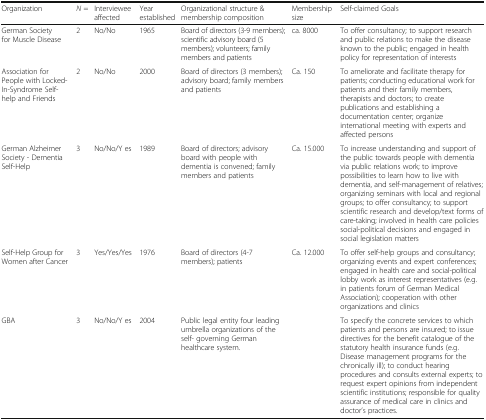
<table><thead><tr><td><b>Organization</b></td><td><b><i>N</i> =</b></td><td><b>Interviewee affected</b></td><td><b>Year established</b></td><td><b>Organizational structure &amp; membership composition</b></td><td><b>Membership size</b></td><td><b>Self-claimed Goals</b></td></tr></thead><tbody><tr><td>German Society for Muscle Disease</td><td>2</td><td>No/No</td><td>1965</td><td>Board of directors (3-9 members); scientific advisory board (5 members); volunteers; family members and patients</td><td>ca. 8000</td><td>To offer consultancy; to support research and public relations to make the disease known to the public; engaged in health policy for representation of interests</td></tr><tr><td>Association for People with Locked- In-Syndrome Self- help and Friends</td><td>2</td><td>No/No</td><td>2000</td><td>Board of directors (3 members); advisory board; family members and patients</td><td>Ca. 150</td><td>To ameliorate and facilitate therapy for patients; conducting educational work for patients and their family members, therapists and doctors; to create publications and establishing a documentation center; organize international meeting with experts and affected persons</td></tr><tr><td>German Alzheimer Society - Dementia Self-Help</td><td>3</td><td>No/No/Y es</td><td>1989</td><td>Board of directors; advisory board with people with dementia is convened; family members and patients</td><td>Ca. 15.000</td><td>To increase understanding and support of the public towards people with dementia via public relations work; to improve possibilities to learn how to live with dementia, and self-management of relatives; organizing seminars with local and regional groups; to offer consultancy; to support scientific research and develop/text forms of care-taking; involved in health care policies social-political decisions and engaged in social legislation matters</td></tr><tr><td>Self-Help Group for Women after Cancer</td><td>3</td><td>Yes/Yes/Yes</td><td>1976</td><td>Board of directors (4-7 members); patients</td><td>Ca. 12.000</td><td>To offer self-help groups and consultancy; organizing events and expert conferences; engaged in health care and social-political lobby work as interest representatives (e.g. in patients forum of German Medical Association); cooperation with other organizations and clinics</td></tr><tr><td>GBA</td><td>3</td><td>No/No/Y es</td><td>2004</td><td>Public legal entity four leading umbrella organizations of the self- governing German healthcare system.</td><td></td><td>To specify the concrete services to which patients and persons are insured; to issue directives for the benefit catalogue of the statutory health insurance funds (e.g. Disease management programs for the chronically ill); to conduct hearing procedures and consults external experts; to request expert opinions from independent scientific institutions; responsible for quality assurance of medical care in clinics and doctor’s practices.</td></tr></tbody></table>